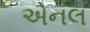
એનલ